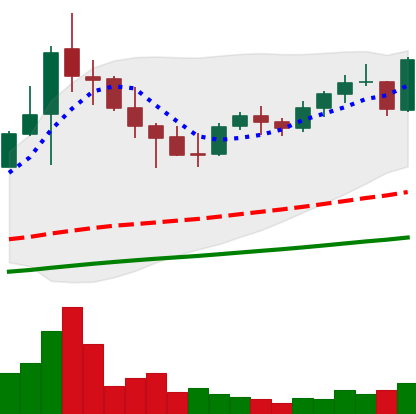
Ticker: NEO-USD
Chart end date: 2021-05-05
Forward return: -9.044%
Label: down_7plus